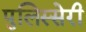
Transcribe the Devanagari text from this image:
पुलिस्सेरी